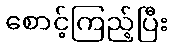
စောင့်ကြည့်ပြီး